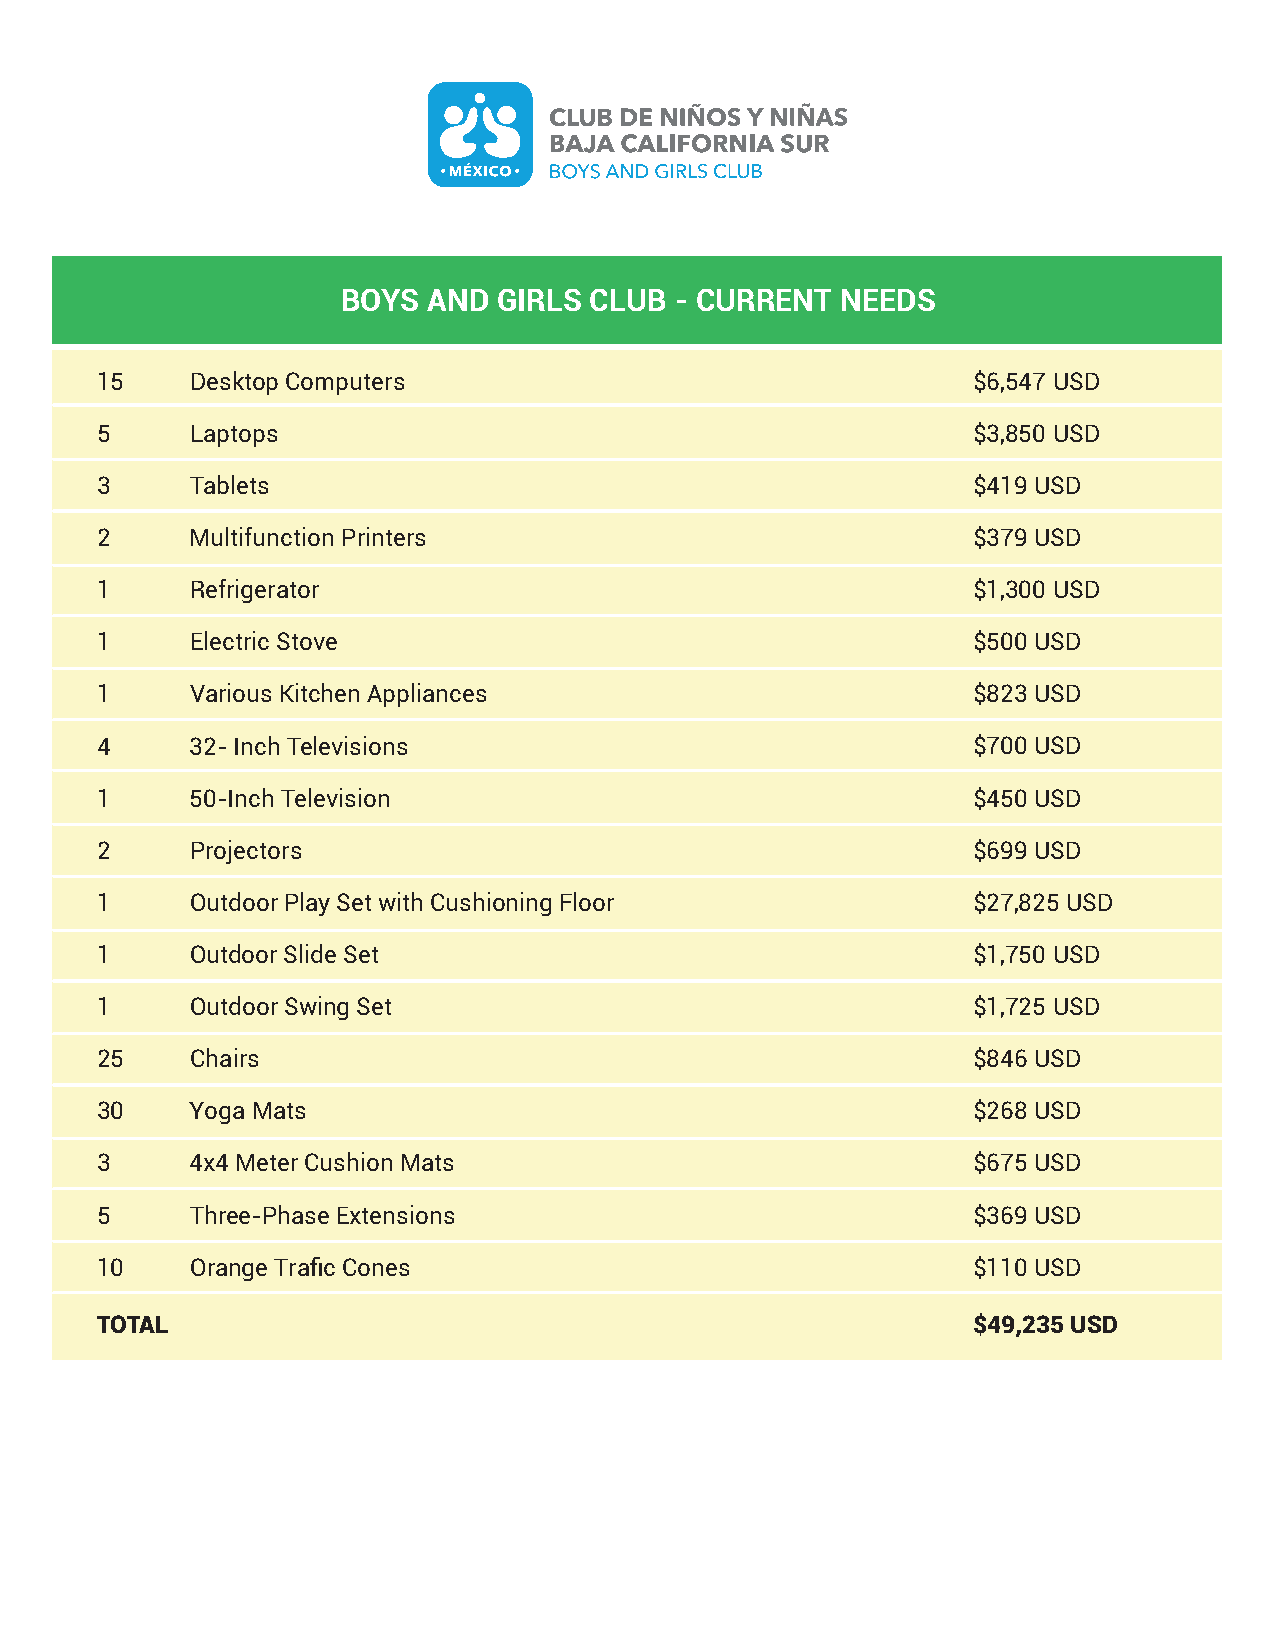
BOYS AND  GIRLS CLUB  - CURRENT  NEEDS
 15     Desktop Computers                                  $6,547 USD
 5      Laptops                                            $3,850 USD
 3      Tablets                                            $419 USD
 2      Multifunction Printers                             $379 USD
 1      Refrigerator                                       $1,300 USD
 1      Electric Stove                                     $500 USD
 1      Various Kitchen Appliances                         $823 USD
 4      32-Inch Televisions                                $700 USD
 1      50-Inch Television                                 $450 USD
 2      Projectors                                         $699 USD
 1      Outdoor Play Set with Cushioning Floor             $27,825 USD
 1      Outdoor Slide Set                                  $1,750 USD
 1      Outdoor Swing Set                                  $1,725 USD
 25     Chairs                                             $846 USD
 30     Yoga Mats                                          $268 USD
 3      4x4 Meter Cushion Mats                             $675 USD
 5      Three-Phase Extensions                             $369 USD
 10     Orange Trafic Cones                                $110 USD
 TOTAL                                                     $49,235 USD